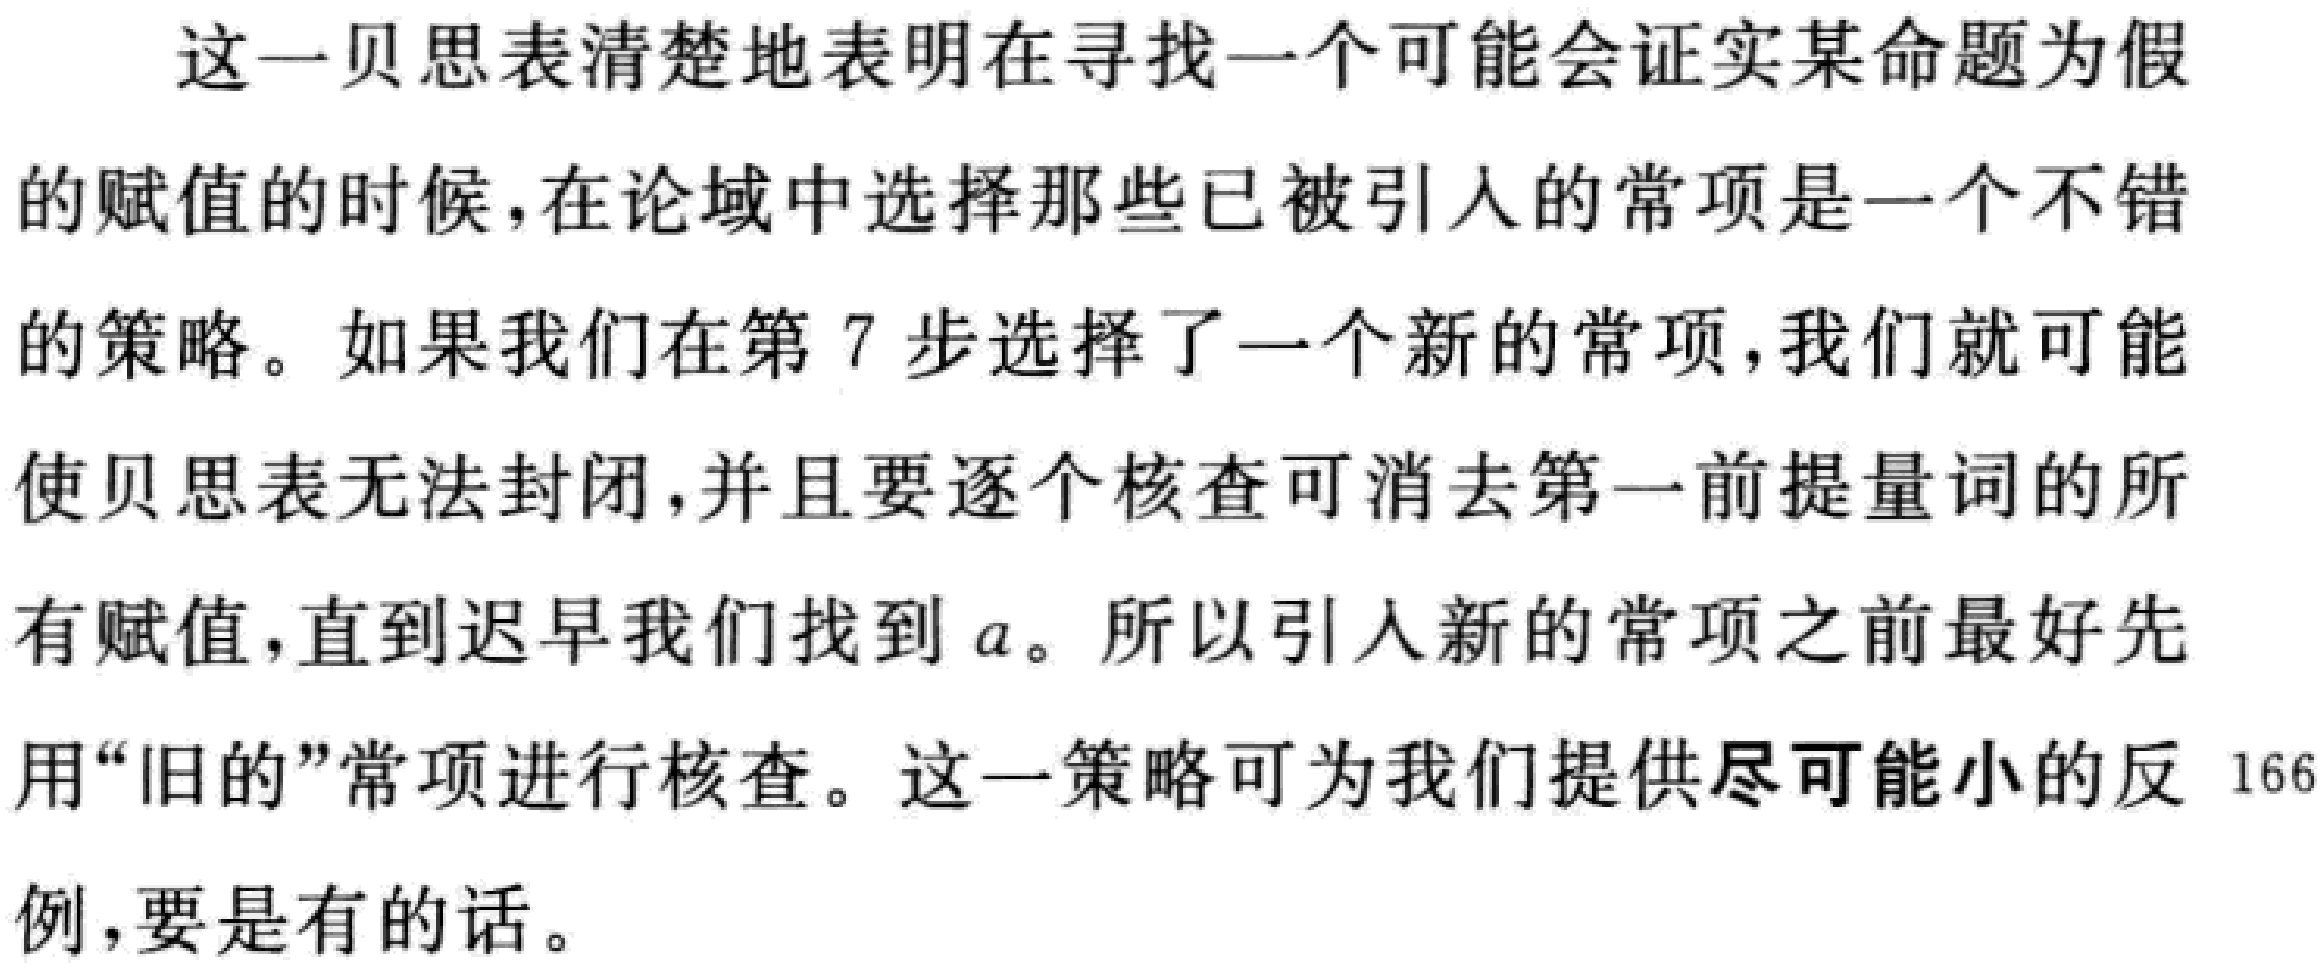
这一贝思表清楚地表明在寻找一个可能会证实某命题为假的赋值的时候，在论域中选择那些已被引入的常项是一个不错的策略。如果我们在第 7 步选择了一个新的常项，我们就可能使贝思表无法封闭，并且要逐个核查可消去第一前提量词的所有赋值，直到迟早我们找到 \(a\)。所以引入新的常项之前最好先用“旧的”常项进行核查。这一策略可为我们提供尽可能小的反 166例，要是有的话。